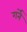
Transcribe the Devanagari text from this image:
गर्ने